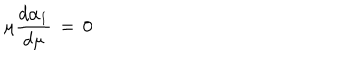
LaTeX: \mu { \frac { d \alpha _ { 1 } } { d \mu } } \, = \, 0